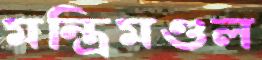
মন্ত্রিমণ্ডল